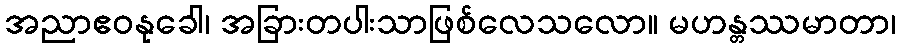
အညာဧဝနုခေါ၊ အခြားတပါးသာဖြစ်လေသလော။ မဟန္တဿမာတာ၊